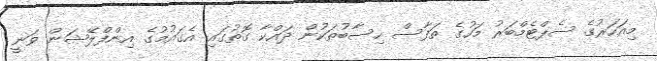
މިއަހަރުގެ ސެޕްޓެމްބަރު މަހުގެ ތަފާސް ހިސާބުތަކުން ދައްކާ ގޮތުގައި އެގައުމުގެ އިންފްލޭޝަން ވަނީ